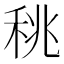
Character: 䄻